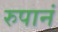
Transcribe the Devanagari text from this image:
रुपानं